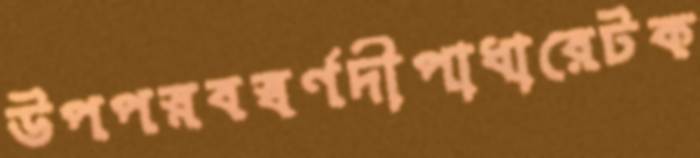
উপপস্নবস্বর্ণদীপাধারেটক